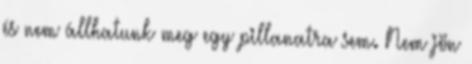
és nem állhatunk meg egy pillanatra sem. Nem jön